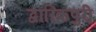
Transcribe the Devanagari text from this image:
द्वारिकपुरी